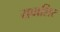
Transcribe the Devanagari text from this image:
यवाशिर